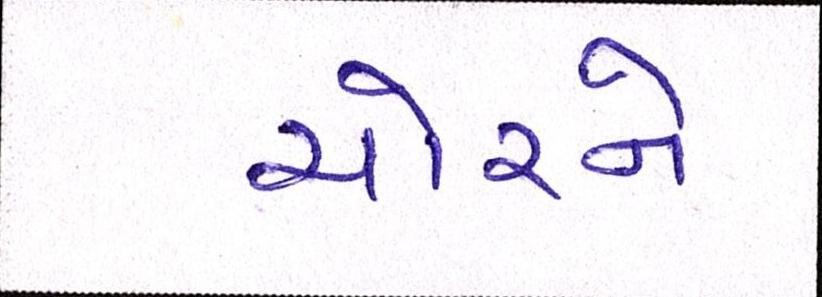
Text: ચોરને